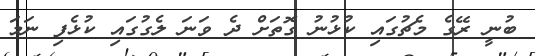
ބުނީ ރޭގެ މެޗުގައި ކުޅުނު ގޮތަށް ދެ ވަނަ ލެގުގައި ކުޅެފި ނަމަ